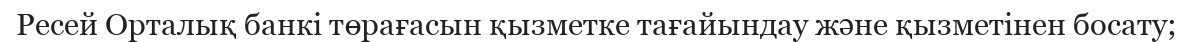
Ресей Орталық банкі төрағасын қызметке тағайындау және қызметінен босату;